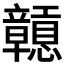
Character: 𥫒